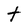
Character: t